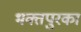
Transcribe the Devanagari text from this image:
भक्तपुरका